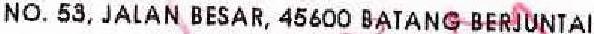
NO. 53, JALAN BESAR, 45600 BATANG BERJUNTAI